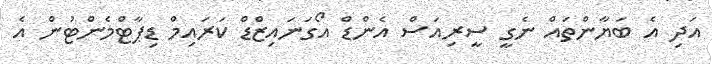
އަދި އެ ބަޔާންތައް ނެގީ ސީރިއަސް އެންޑް އޯގަނައިޒްޑް ކަރައިމް ޑިޕާޓްމެންޓުން އެ